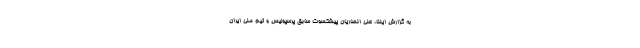
به گزارش ایلنا، علی انصاریان پیشکسوت سابق پرسپولیس و تیم ملی ایران